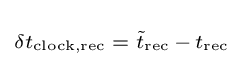
\scriptstyle \delta t_{\text{clock,rec}}\;=\;{\tilde {t}}_{\text{rec}}\,-\,t_{\text{rec}}